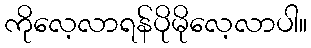
ကိုလေ့လာရန်ပိုမိုလေ့လာပါ။